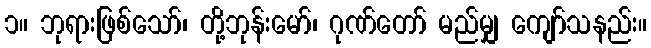
၁။ ဘုရားဖြစ်သော်၊ တို့ဘုန်းမော်၊ ဂုဏ်တော် မည်မျှ ကျော်သနည်း။